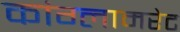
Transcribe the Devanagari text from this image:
कांग्लामरेट